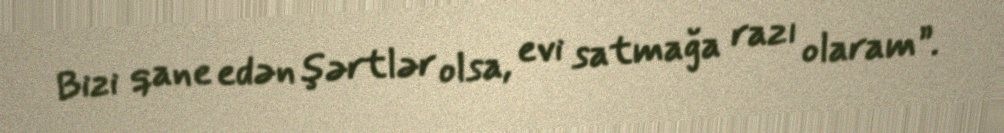
Bizi qane edən şərtlər olsa, evi satmağa razı olaram”.